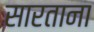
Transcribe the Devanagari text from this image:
सारताना